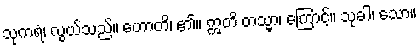
သုကရံ၊ လွယ်သည်။ ဟောတိ၊ ၏။ ဣတိ တသ္မာ၊ ကြောင့်။ သုခါ၊ သော။